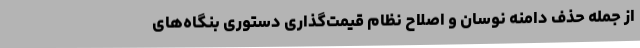
از جمله حذف دامنه نوسان و اصلاح نظام قیمت‌گذاری دستوری بنگاه‌های